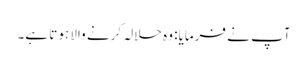
آپ نے فرمایا: وہ حلالہ کرنے والا ہوتا ہے۔